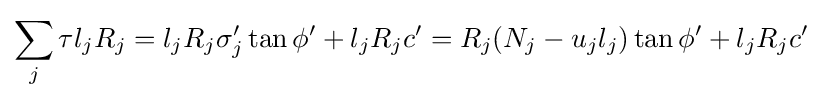
\sum _{j}\tau l_{j}R_{j}=l_{j}R_{j}\sigma _{j}'\tan \phi '+l_{j}R_{j}c'=R_{j}(N_{j}-u_{j}l_{j})\tan \phi '+l_{j}R_{j}c'